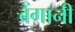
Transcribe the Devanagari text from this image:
बेंगानी